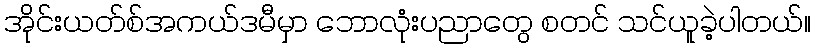
အိုင်းယတ်စ်အကယ်ဒမီမှာ ဘောလုံးပညာတွေ စတင် သင်ယူခဲ့ပါတယ်။